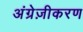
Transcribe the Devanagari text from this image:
अंग्रेज़ीकरण